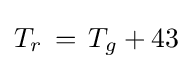
T_{r}\,=\,T_{g}+43